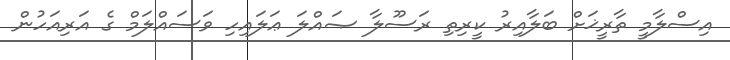
އިސްލާމީ ތާރީޚަށް ބަލާއިރު ކީރިތި ރަސޫލާ ޞައްލަ ޢަލައިހި ވަސައްލަމް ގެ އަރިއަހުން